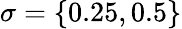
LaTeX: \sigma=\{ 0.25,0.5\}